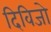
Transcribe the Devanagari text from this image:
दिविजो